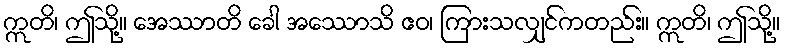
ဣတိ၊ ဤသို့။ အေဿာတိ ခေါ အဿောသိ ဧဝ၊ ကြားသလျှင်ကတည်း။ ဣတိ၊ ဤသို့။